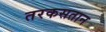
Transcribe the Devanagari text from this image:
तरकसतान